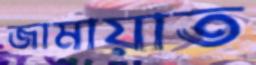
জামায়াত